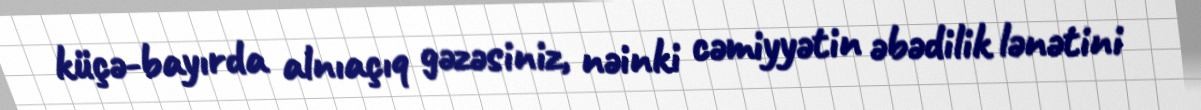
küçə-bayırda alnıaçıq gəzəsiniz, nəinki cəmiyyətin əbədilik lənətini